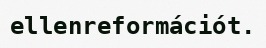
ellenreformációt.